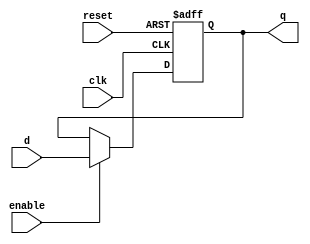
module ParameterizedRegister #(
    parameter WIDTH = 8 // Default width is 8 bits
) (
    input wire clk,          // Clock signal
    input wire reset,        // Asynchronous reset signal
    input wire enable,       // Enable signal
    input wire [WIDTH-1:0] d, // Data input
    output reg [WIDTH-1:0] q  // Data output
);

    // Always block for synchronous operation
    always @(posedge clk or posedge reset) begin
        if (reset) begin
            q <= {WIDTH{1'b0}}; // Reset output to 0
        end else if (enable) begin
            q <= d; // Update output with input data
        end
        // If enable is low, retain previous value of q
    end

endmodule